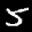
Label: 5